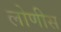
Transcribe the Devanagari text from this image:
लोणीस